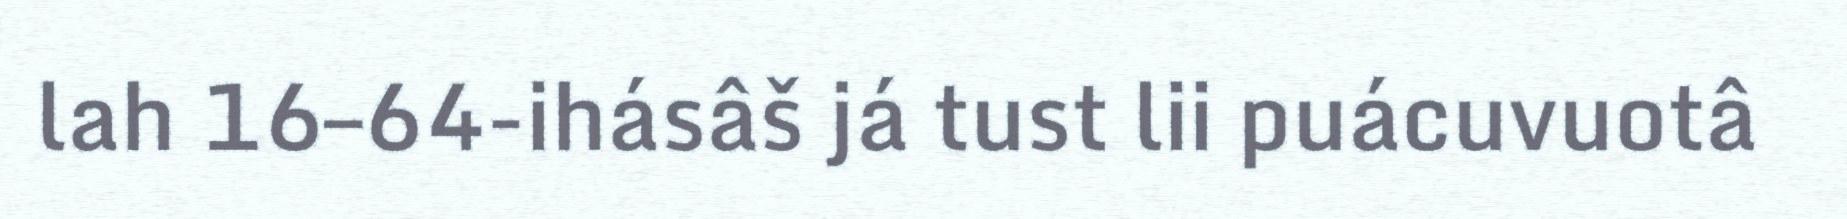
lah 16–64-ihásâš já tust lii puácuvuotâ